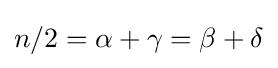
n/2=\alpha +\gamma =\beta +\delta